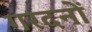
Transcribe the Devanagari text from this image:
गरदनों